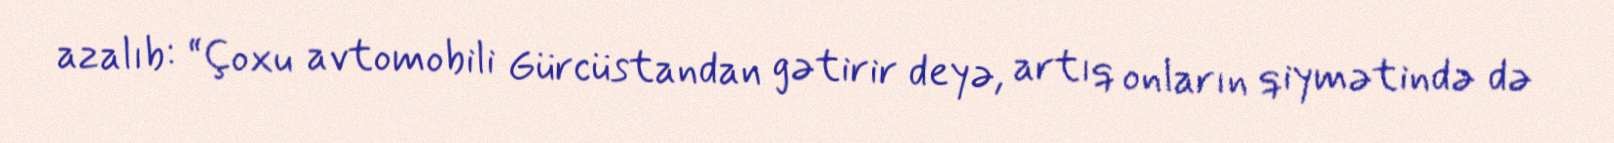
azalıb: “Çoxu avtomobili Gürcüstandan gətirir deyə, artıq onların qiymətində də